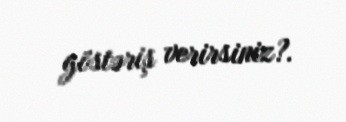
göstəriş verirsiniz?.